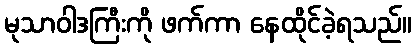
မုသာဝါဒကြီးကို ဖက်ကာ နေထိုင်ခဲ့ရသည်။